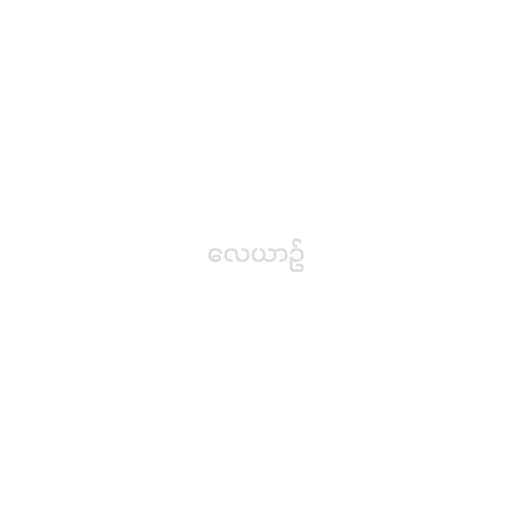
လေယာဉ်